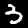
Digit: 3